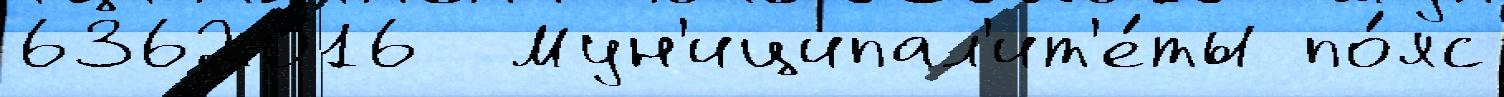
6362016  Мун'иципал'ит'е́ты по́яс